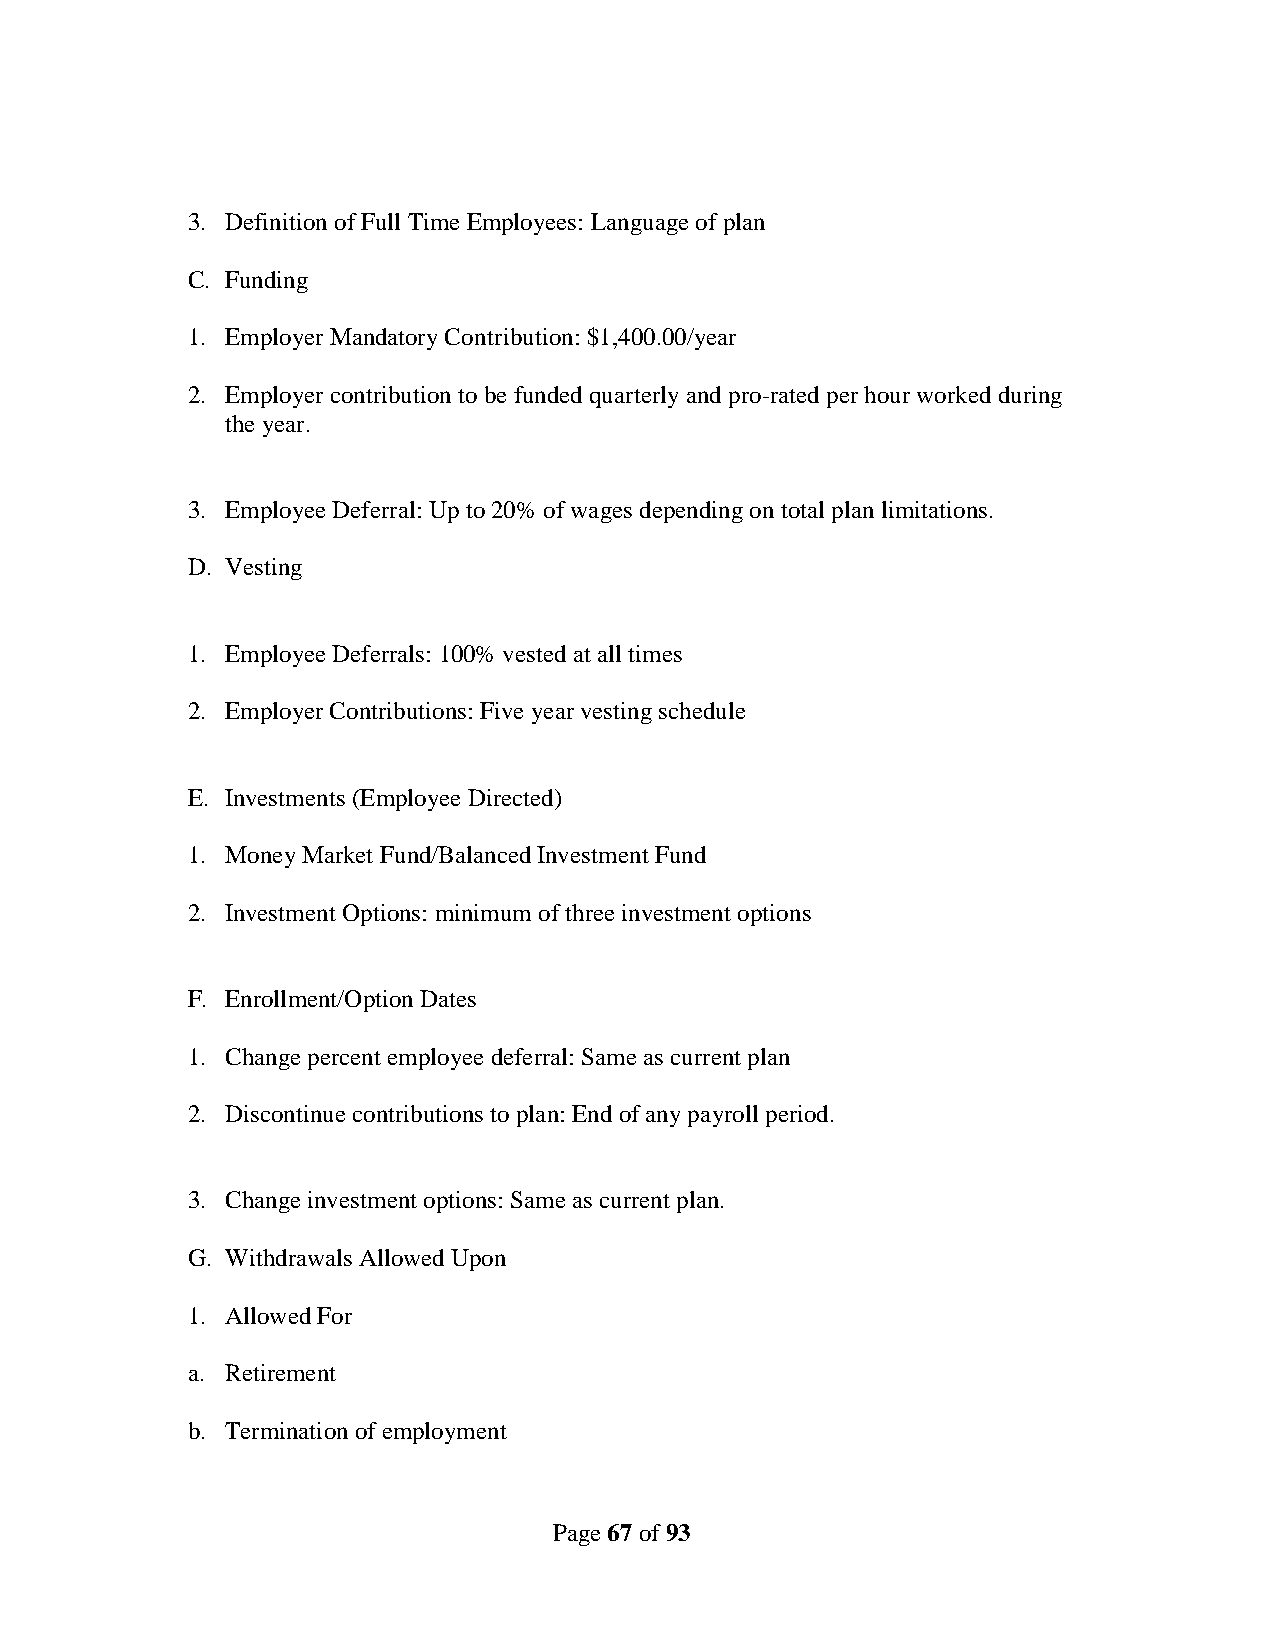
3. Definition of Full Time Employees: Language of plan
 C. Funding
 1. Employer Mandatory Contribution: $1,400.00/year
 2. Employer contribution to be funded quarterly and pro-rated per hour worked during
 the year.
 3. Employee Deferral: Up to 20% of wages depending on total plan limitations.
 D. Vesting
 1. Employee Deferrals: 100% vested at all times
 2. Employer Contributions: Five year vesting schedule
 E. Investments (Employee Directed)
 1. Money Market Fund/Balanced Investment Fund
 2. Investment Options: minimum of three investment options
 F. Enrollment/Option Dates
 1. Change percent employee deferral: Same as current plan
 2. Discontinue contributions to plan: End of any payroll period.
 3. Change investment options: Same as current plan.
 G. Withdrawals Allowed Upon
 1. Allowed For
 a. Retirement
 b. Termination of employment
 Page 67 of 93